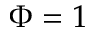
\Phi = 1